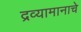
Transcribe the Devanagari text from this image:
द्रव्यामानाचे